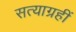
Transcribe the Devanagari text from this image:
सत्याग्रहीं